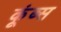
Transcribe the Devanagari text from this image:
कूंब्स